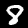
Label: 8